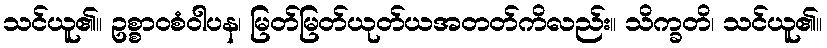
သင်ယူ၏။ ဥစ္စာဝစံဝါပန၊ မြတ်မြတ်ယုတ်ယအတတ်ကိလည်း။ သိက္ခတိ၊ သင်ယူ၏။